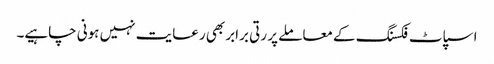
اسپاٹ فکسنگ کے معاملے پر رتی برابر بھی رعایت نہیں ہونی چاہیے۔